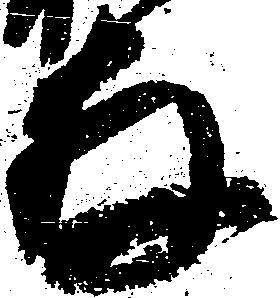
存